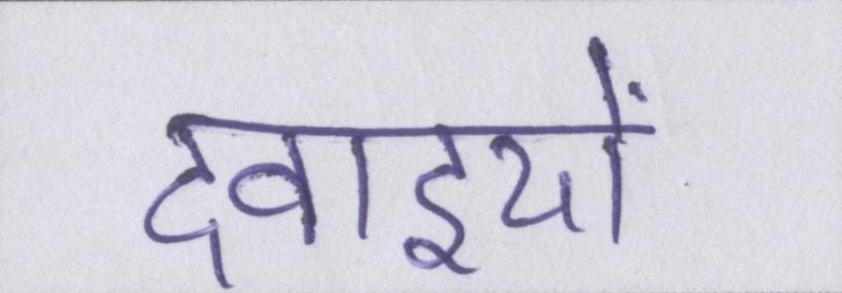
दवाइयों